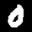
Label: 0